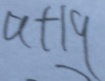
a + 1 9